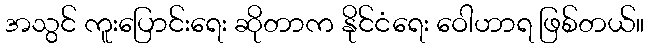
အသွင် ကူးပြောင်းရေး ဆိုတာက နိုင်ငံရေး ဝေါဟာရ ဖြစ်တယ်။